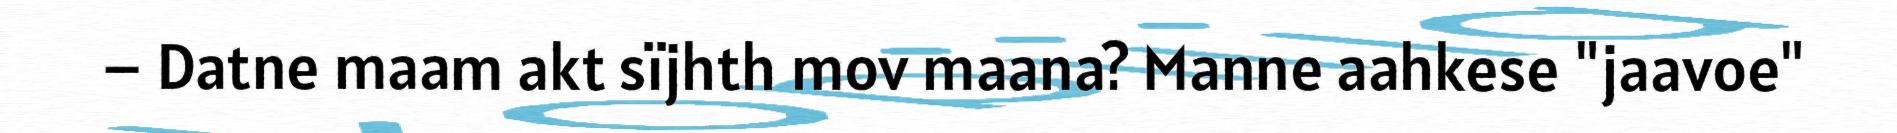
– Datne maam akt sïjhth mov maana? Manne aahkese "jaavoe"